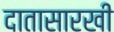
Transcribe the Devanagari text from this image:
दातासारखी